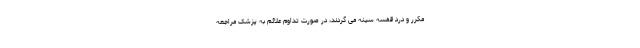
مکرر و درد قفسه سینه می گردند، در صورت تداوم علائم به پزشک مراجعه